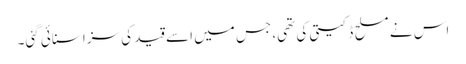
اس نے مسلح ڈکیتی کی تھی، جس میں اسے قید کی سزا سنائی گئی۔